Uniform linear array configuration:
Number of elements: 8
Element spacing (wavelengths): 0.25
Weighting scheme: uniform
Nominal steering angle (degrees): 0
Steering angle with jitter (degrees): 1.41
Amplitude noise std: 0.05
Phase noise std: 0.05

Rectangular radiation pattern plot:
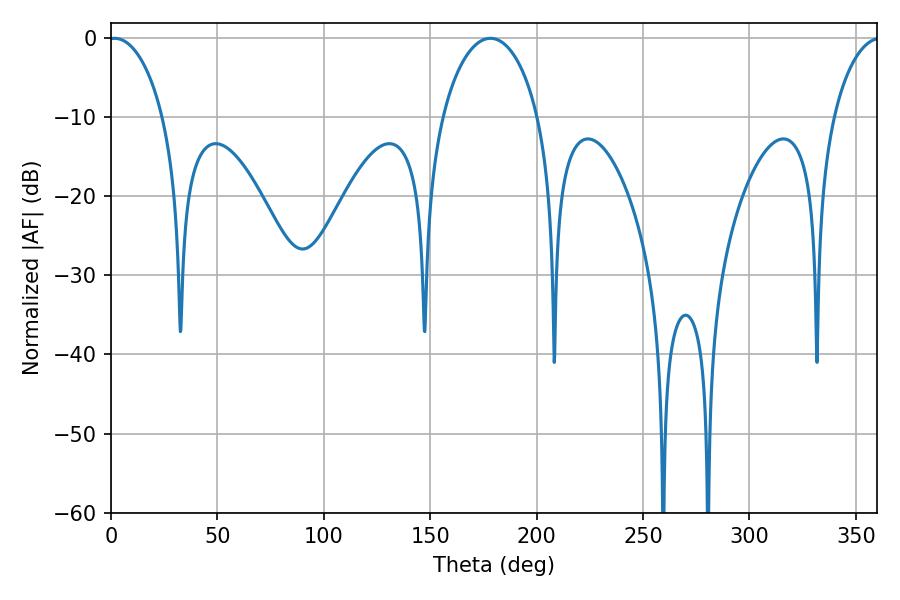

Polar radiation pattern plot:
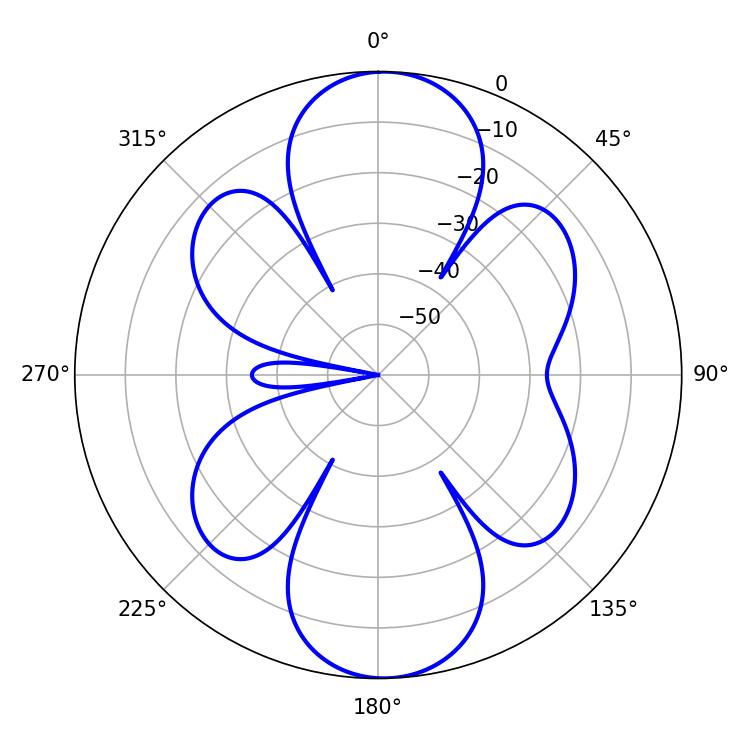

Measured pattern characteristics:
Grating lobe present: FALSE
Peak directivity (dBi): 17.921
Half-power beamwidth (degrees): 14.76
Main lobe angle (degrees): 1.62